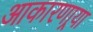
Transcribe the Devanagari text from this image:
आकारणार्‍या